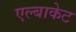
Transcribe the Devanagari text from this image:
एल्बाकेट